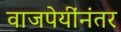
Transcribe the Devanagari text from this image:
वाजपेयींनंतर